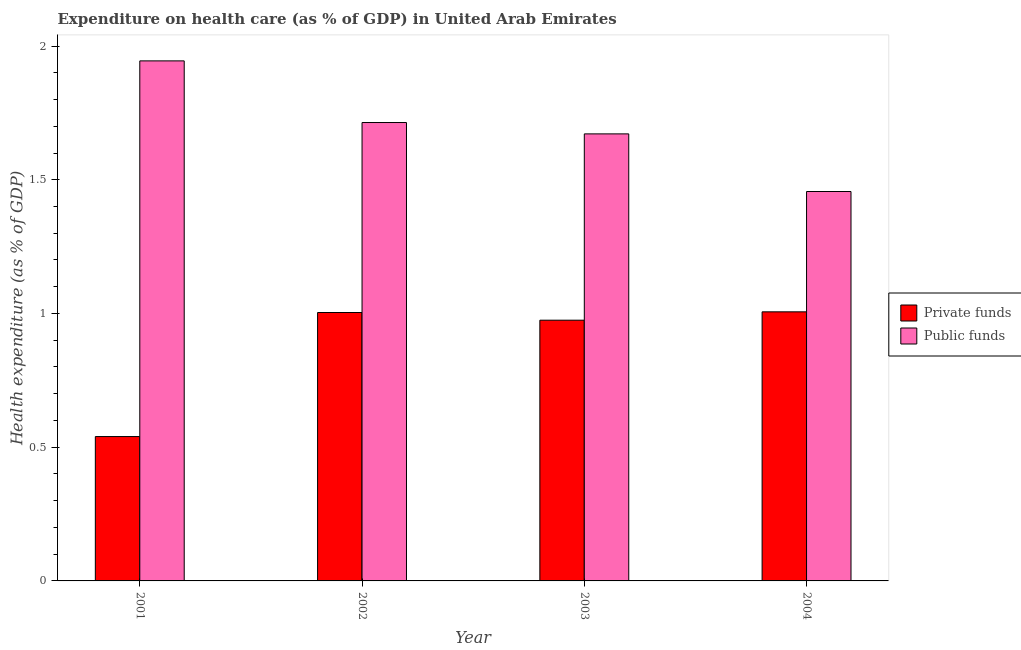
| Year | Private funds | Public funds |
 | --- | --- | --- |
 | 2001 | 0.54 | 1.94 |
 | 2002 | 1 | 1.71 |
 | 2003 | 0.975 | 1.67 |
 | 2004 | 1.01 | 1.46 |